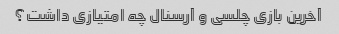
آخرین بازی چلسی و آرسنال چه امتیازی داشت؟